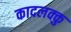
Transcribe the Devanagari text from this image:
कादलक्कु